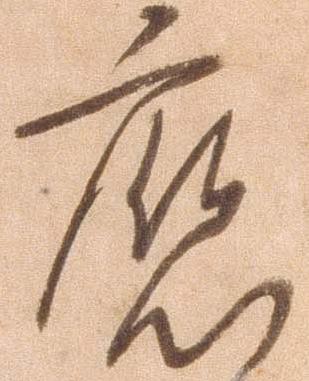
応